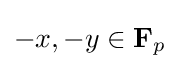
-x,-y\in \mathbf {F} _{p}